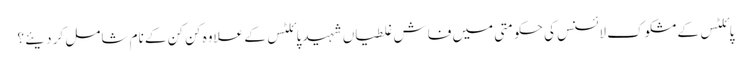
پائلٹس کے مشکوک لائسنس کی حکومتی میں فاش غلطیاں شہید پائلٹس کے علاوہ کن کن کے نام شامل کر دیئے ؟